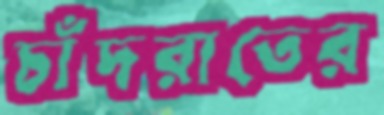
চাঁদরাতের